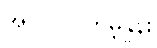
အလုပ်လက်မဲ့နှုန်း